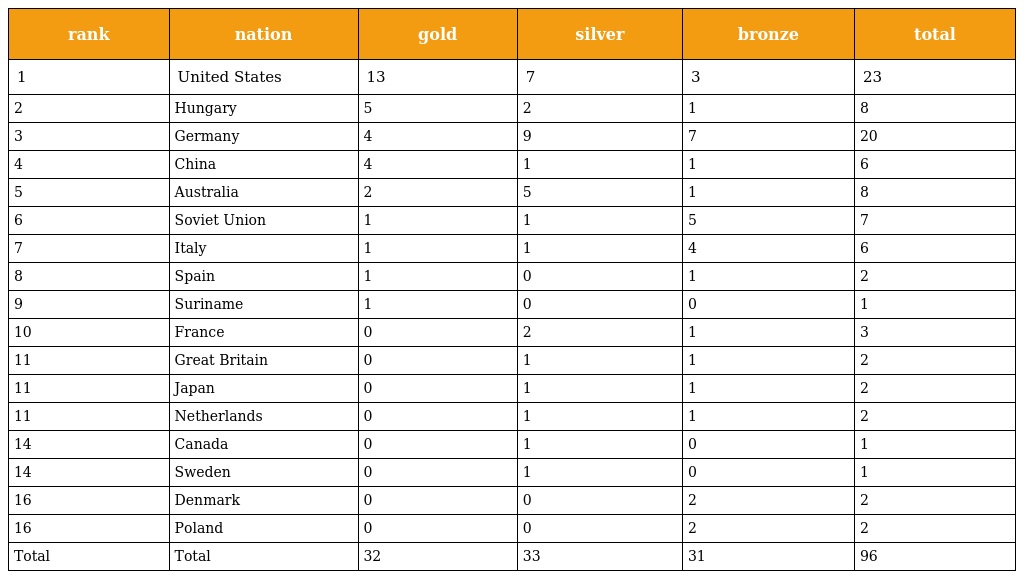
| rank | nation | gold | silver | bronze | total |
 | --- | --- | --- | --- | --- | --- |
 | 1 | United States | 13 | 7 | 3 | 23 |
 | 2 | Hungary | 5 | 2 | 1 | 8 |
 | 3 | Germany | 4 | 9 | 7 | 20 |
 | 4 | China | 4 | 1 | 1 | 6 |
 | 5 | Australia | 2 | 5 | 1 | 8 |
 | 6 | Soviet Union | 1 | 1 | 5 | 7 |
 | 7 | Italy | 1 | 1 | 4 | 6 |
 | 8 | Spain | 1 | 0 | 1 | 2 |
 | 9 | Suriname | 1 | 0 | 0 | 1 |
 | 10 | France | 0 | 2 | 1 | 3 |
 | 11 | Great Britain | 0 | 1 | 1 | 2 |
 | 11 | Japan | 0 | 1 | 1 | 2 |
 | 11 | Netherlands | 0 | 1 | 1 | 2 |
 | 14 | Canada | 0 | 1 | 0 | 1 |
 | 14 | Sweden | 0 | 1 | 0 | 1 |
 | 16 | Denmark | 0 | 0 | 2 | 2 |
 | 16 | Poland | 0 | 0 | 2 | 2 |
 | Total | Total | 32 | 33 | 31 | 96 |